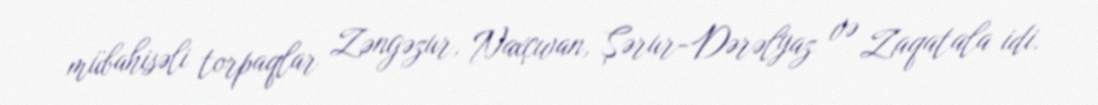
mübahisəli torpaqlar Zəngəzur, Naxçıvan, Şərur-Dərəlyaz və Zaqatala idi.